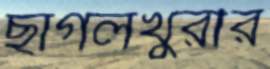
ছাগলখুরীর